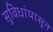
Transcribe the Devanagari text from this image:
सुविधांपासून